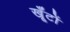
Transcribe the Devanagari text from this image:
खूँटों